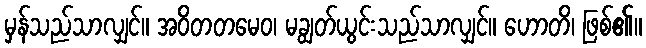
မှန်သည်သာလျှင်။ အဝိတတမေဝ၊ မချွတ်ယွင်းသည်သာလျှင်။ ဟောတိ၊ ဖြစ်၏။